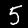
Digit: 5